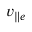
v _ { \parallel e }